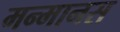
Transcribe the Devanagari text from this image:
मन्मानस